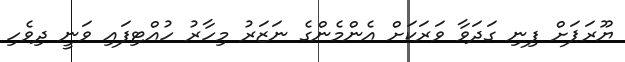
ޔޫރަޕަށް ފިނި ގަދަވާ ވަރަކަށް އެންމެންގެ ނަޒަރު މިހާރު ހުއްޓިފައި ވަނީ ދިވެހި